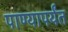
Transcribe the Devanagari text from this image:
पाण्यापर्यंत